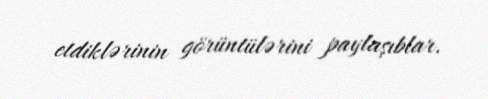
etdiklərinin görüntülərini paylaşıblar.